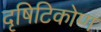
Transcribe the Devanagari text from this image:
दृषिटिकोण